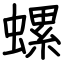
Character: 螺